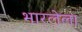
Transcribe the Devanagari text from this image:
भारलेला